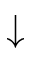
\downarrow